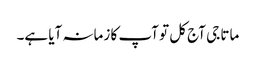
ماتا جی آج کل تو آپ کا زمانہ آیا ہے۔